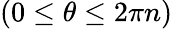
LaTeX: (0\leq\theta\leq 2\pi n)